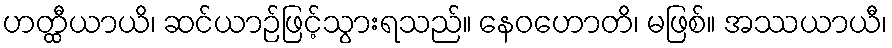
ဟတ္ထီယာယိ၊ ဆင်ယာဉ်ဖြင့်သွားရသည်။ နေဝဟောတိ၊ မဖြစ်။ အဿယာယီ၊